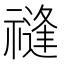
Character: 𥛝